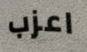
اعزب